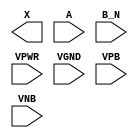
module sky130_fd_sc_ms__or2b (
    X   ,
    A   ,
    B_N ,
    VPWR,
    VGND,
    VPB ,
    VNB
);

    output X   ;
    input  A   ;
    input  B_N ;
    input  VPWR;
    input  VGND;
    input  VPB ;
    input  VNB ;
endmodule